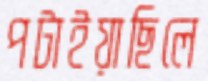
পটাইয়াছিলে